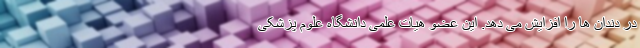
در دندان ها را افزایش می دهد. این عضو هیات علمی دانشگاه علوم پزشکی